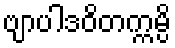
ဗျာပါဒဝိတက္ကမ္ပိ